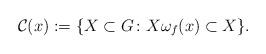
LaTeX: \begin{align*} \mathcal{C}(x):=\{X\subset G\colon X\omega_f(x)\subset X\}.\end{align*}